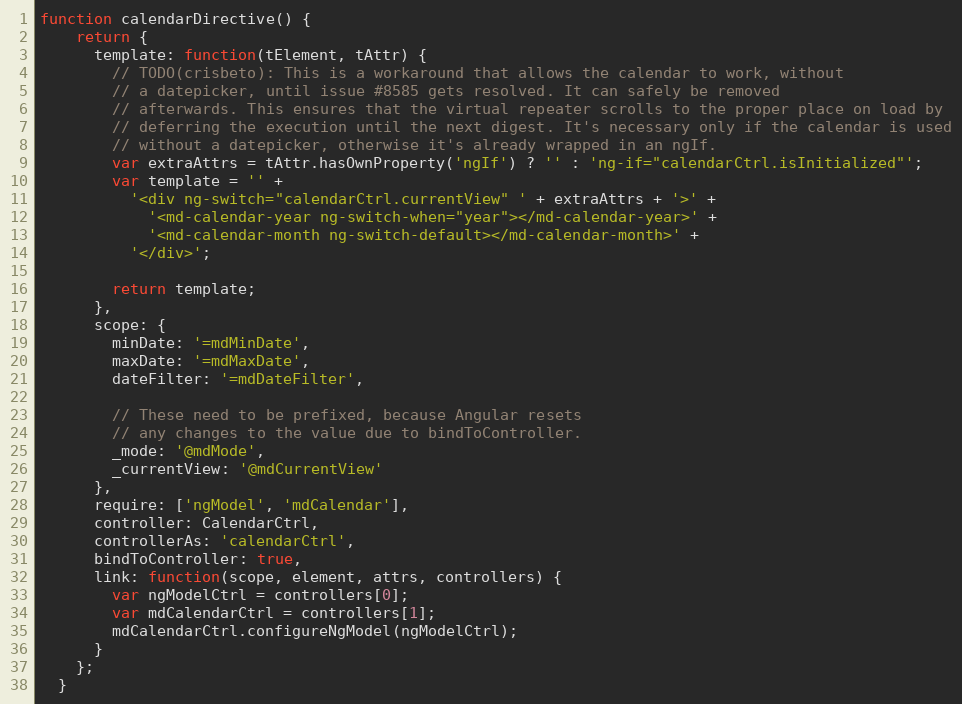
Language: JavaScript
function calendarDirective() {
    return {
      template: function(tElement, tAttr) {
        // TODO(crisbeto): This is a workaround that allows the calendar to work, without
        // a datepicker, until issue #8585 gets resolved. It can safely be removed
        // afterwards. This ensures that the virtual repeater scrolls to the proper place on load by
        // deferring the execution until the next digest. It's necessary only if the calendar is used
        // without a datepicker, otherwise it's already wrapped in an ngIf.
        var extraAttrs = tAttr.hasOwnProperty('ngIf') ? '' : 'ng-if="calendarCtrl.isInitialized"';
        var template = '' +
          '<div ng-switch="calendarCtrl.currentView" ' + extraAttrs + '>' +
            '<md-calendar-year ng-switch-when="year"></md-calendar-year>' +
            '<md-calendar-month ng-switch-default></md-calendar-month>' +
          '</div>';

        return template;
      },
      scope: {
        minDate: '=mdMinDate',
        maxDate: '=mdMaxDate',
        dateFilter: '=mdDateFilter',

        // These need to be prefixed, because Angular resets
        // any changes to the value due to bindToController.
        _mode: '@mdMode',
        _currentView: '@mdCurrentView'
      },
      require: ['ngModel', 'mdCalendar'],
      controller: CalendarCtrl,
      controllerAs: 'calendarCtrl',
      bindToController: true,
      link: function(scope, element, attrs, controllers) {
        var ngModelCtrl = controllers[0];
        var mdCalendarCtrl = controllers[1];
        mdCalendarCtrl.configureNgModel(ngModelCtrl);
      }
    };
  }